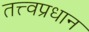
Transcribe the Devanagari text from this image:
तत्त्वप्रधान